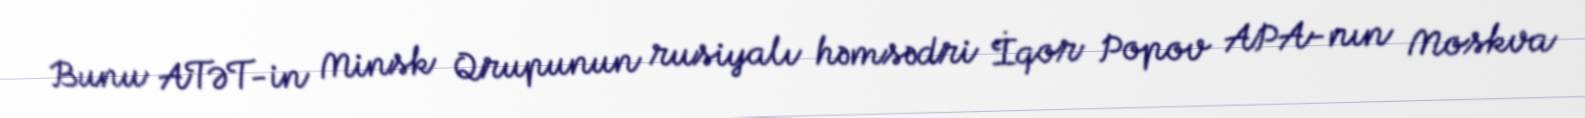
Bunu ATƏT-in Minsk Qrupunun rusiyalı həmsədri İqor Popov APA-nın Moskva